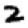
Digit: 2